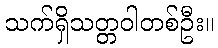
သက်ရှိသတ္တဝါတစ်ဦး။